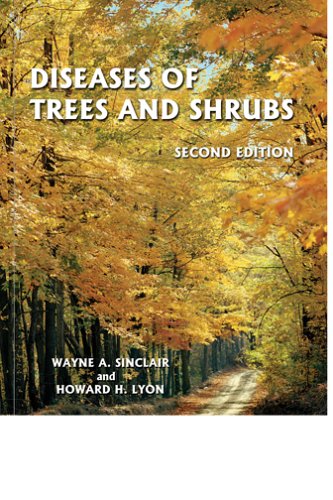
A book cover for Diseases of Trees and Shrubs, Second Edition (Comstock Book); Wayne Sinclair; Crafts, Hobbies & Home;